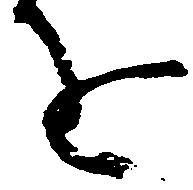
を